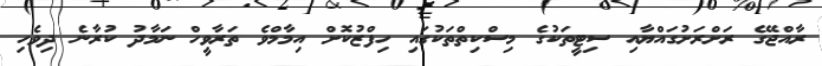
ރާއްޖޭގެ ރަށްރަށުގައްޔާއި ސިޓީތަކުގެ މިސްކިތްތަކުގައި ހިފްޒުކޮށް އިމާމްވެ ތަރާވީހް ނަމާދު ކުރާނެ ދިވެހި